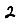
Digit: 2